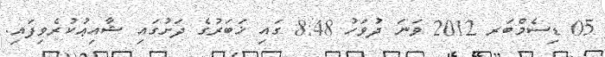
05 ޑިސެމްބަރ 2012 ވަނަ ދުވަހު 8:48 ގައި ޚަބަރުގެ ދަށުގައި ޝާއިޢުކުރެވިފައި.